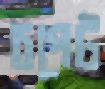
চপেট